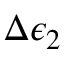
\Delta \epsilon _ { 2 }